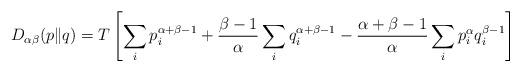
LaTeX: \begin{align*}D_{\alpha\beta}(p\|q)=T\left[\sum_{i}p^{\alpha+\beta-1}_{i}+\frac{\beta-1}{\alpha}\sum_{i}q^{\alpha+\beta-1}_{i}-\frac{\alpha+\beta-1}{\alpha}\sum_{i}p^{\alpha}_{i}q^{\beta-1}_{i}\right] \end{align*}